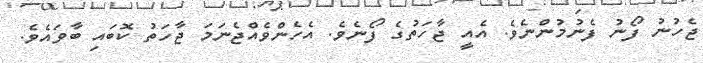
ޖެހުނު ފޯނު ފެނުމުންނެވެ. އެއީ ޖާހަތުގެ ފޯނެވެ. އެހެންވެއްޖެނަމަ ޖާހަތު ކޮބައި ބާވައެވެ.